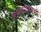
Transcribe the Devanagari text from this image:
त्वचेच्यामध्ये